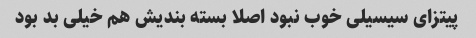
پیتزای سیسیلی خوب نبود اصلا بسته بندیش هم خیلی بد بود